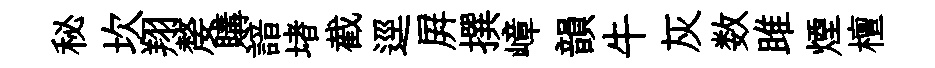
秘坎翔嫠購諳堵截逕屛撰嶂韻牛灰数雎煙檀